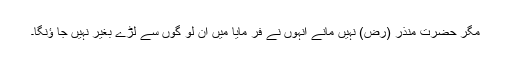
مگر حضرت منذر (رض) نہیں مانے انہوں نے فر مایا میں ان لو گوں سے لڑے بغیر نہیں جا ؤنگا۔